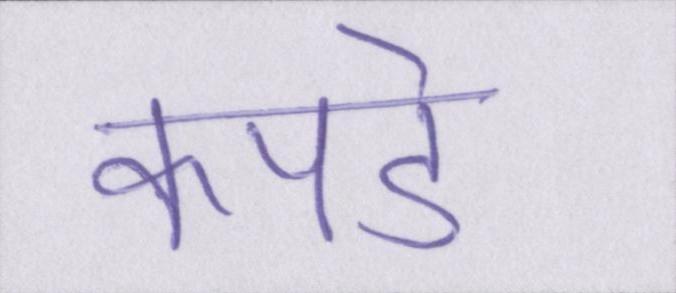
कपडे